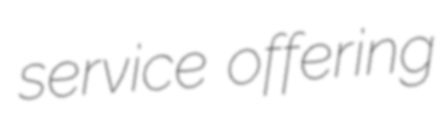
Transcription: service offering